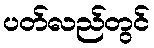
ပတ်လည်တွင်